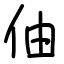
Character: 伷